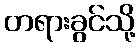
တရားခွင်သို့